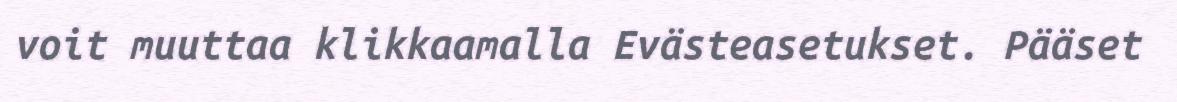
voit muuttaa klikkaamalla Evästeasetukset. Pääset